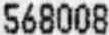
568008